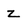
Character: Z